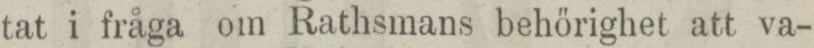
tat i fråga om Rathsmans behörighet att va-